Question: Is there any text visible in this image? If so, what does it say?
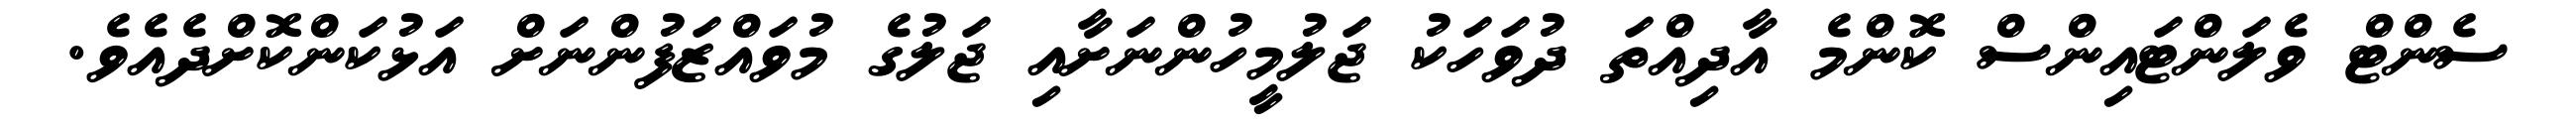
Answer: ސެންޓް ވެލަންޓައިންސް ކޮންމެ އާދިއްތަ ދުވަހަކު ޖަލުމީހުންނަށާއި ޖަލުގެ މުވައްޒަފުންނަށް އަޅުކަންކޮށްދެއެވެ.